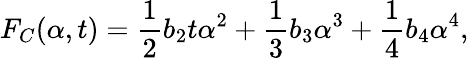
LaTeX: F_{C}(\alpha,t)=\frac{1}{2}b_{2}t\alpha^{2}+\frac{1}{3}b_{3}\alpha^{3}+\frac{1}{4}b_{4}\alpha^{4},